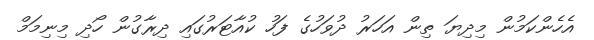
އެހެންކަމުން މިދިޔަ ތިން އަހަރު ދުވަހުގެ ފަހު ކުއާޓަރުގައި ދިރާގުން ހޯދި މިނިމަމް